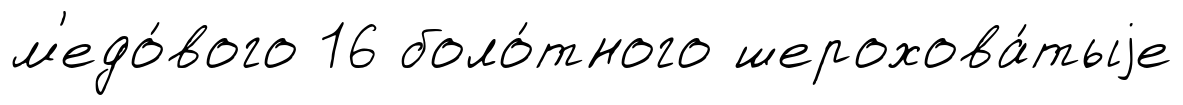
м'едо́вого 16 боло́тного шерохова́тыjе